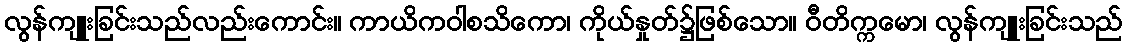
လွန်ကျူးခြင်းသည်လည်းကောင်း။ ကာယိကဝါစသိကော၊ ကိုယ်နှုတ်၌ဖြစ်သော။ ဝီတိက္ကမော၊ လွန်ကျူးခြင်းသည်